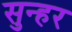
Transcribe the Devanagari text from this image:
सुन्हर